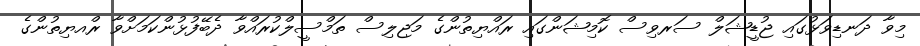
މިވާ ދަނޑިވަޅުގައި ޖުޑީޝަލް ސަރވިސް ކޮމިޝަންގައި ރައްޔިތުންގެ މަޖިލިސް ތަމްސީލްކުރައްވާ ދެބޭފުޅުންކަމަށްވާ ރްއޔިތުންގެ